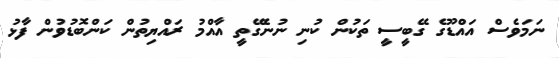
ނަމަވެސް އައްޑޫގެ ގޭބީސީ ތަކުން ކުނި ނުނެގޭތީ އާއްމު ރައްޔިތުން ކަންބޮޑުވުން ފާޅު